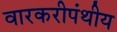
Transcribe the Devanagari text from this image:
वारकरीपंथीय